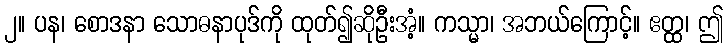
၂။ ပန၊ စောဒနာ သောဓနာပုဒ်ကို ထုတ်၍ဆိုဦးအံ့။ ကသ္မာ၊ အဘယ်ကြောင့်။ ဧတ္ထ၊ ဤ